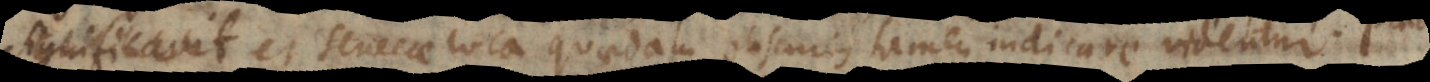
Imperatoris et Senecae loca quaedam obscurius tamen indicare videntur.